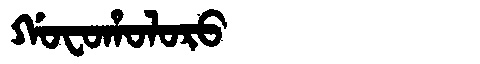
Manchu: ᡤᠣᠸᠣᡥᠣᠯᠣᡵᠣ
Romanization: GOFOHOLORO